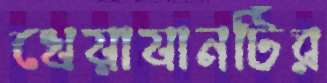
খেয়াযানটির